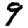
Digit: 9